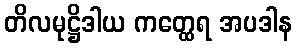
တိလမုဋ္ဌိဒါယ ကတ္ထေရ အပဒါန